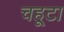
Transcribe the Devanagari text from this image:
चहूटा